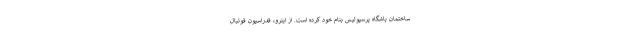
ساختمان باشگاه پرسپولیس بنام خود کرده است. از اینرو، فدراسیون فوتبال